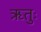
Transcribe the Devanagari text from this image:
ऋतुः